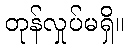
တုန်လှုပ်မရှိ။